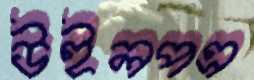
উইলপত্র